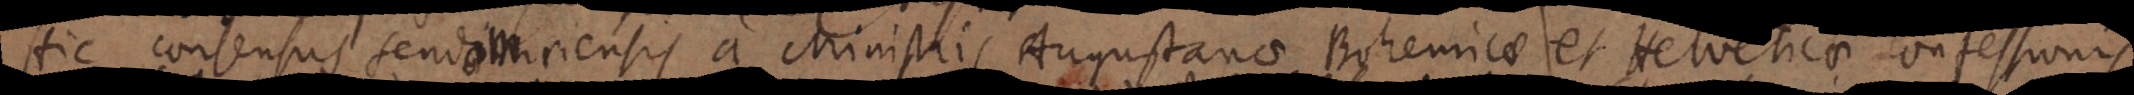
Hic consensus Sendomiriensis a Ministris Augustanae Bohemicae et Helveticae Confessio